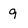
Character: 9